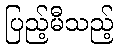
ပြည့်မီသည့်